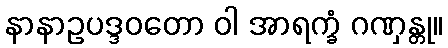
နာနာဥပဒ္ဒဝတော ဝါ အာရက္ခံ ဂဏှန္တု။